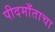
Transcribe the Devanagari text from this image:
पीदमाँताचा